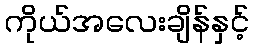
ကိုယ်အလေးချိန်နှင့်